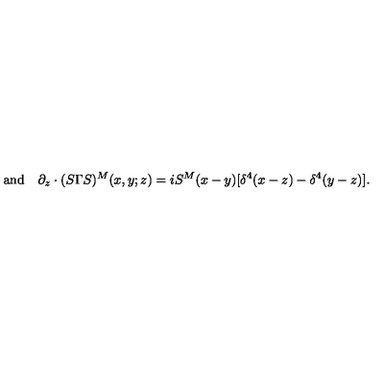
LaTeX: \mathrm { a n d } \quad \partial _ { z } \cdot ( S \Gamma S ) ^ { M } ( x , y ; z ) = i S ^ { M } ( x - y ) [ \delta ^ { 4 } ( x - z ) - \delta ^ { 4 } ( y - z ) ] .